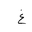
Letter: _gayn